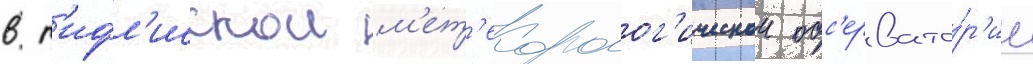
в т'ифл'исскои м'ет'еоролог'ическои обс'ервато́р'ии